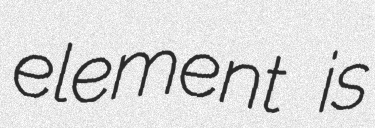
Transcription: element is